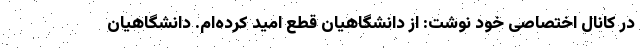
در کانال اختصاصی خود نوشت: از دانشگاهیان قطع امید کرده‌ام. دانشگاهیان